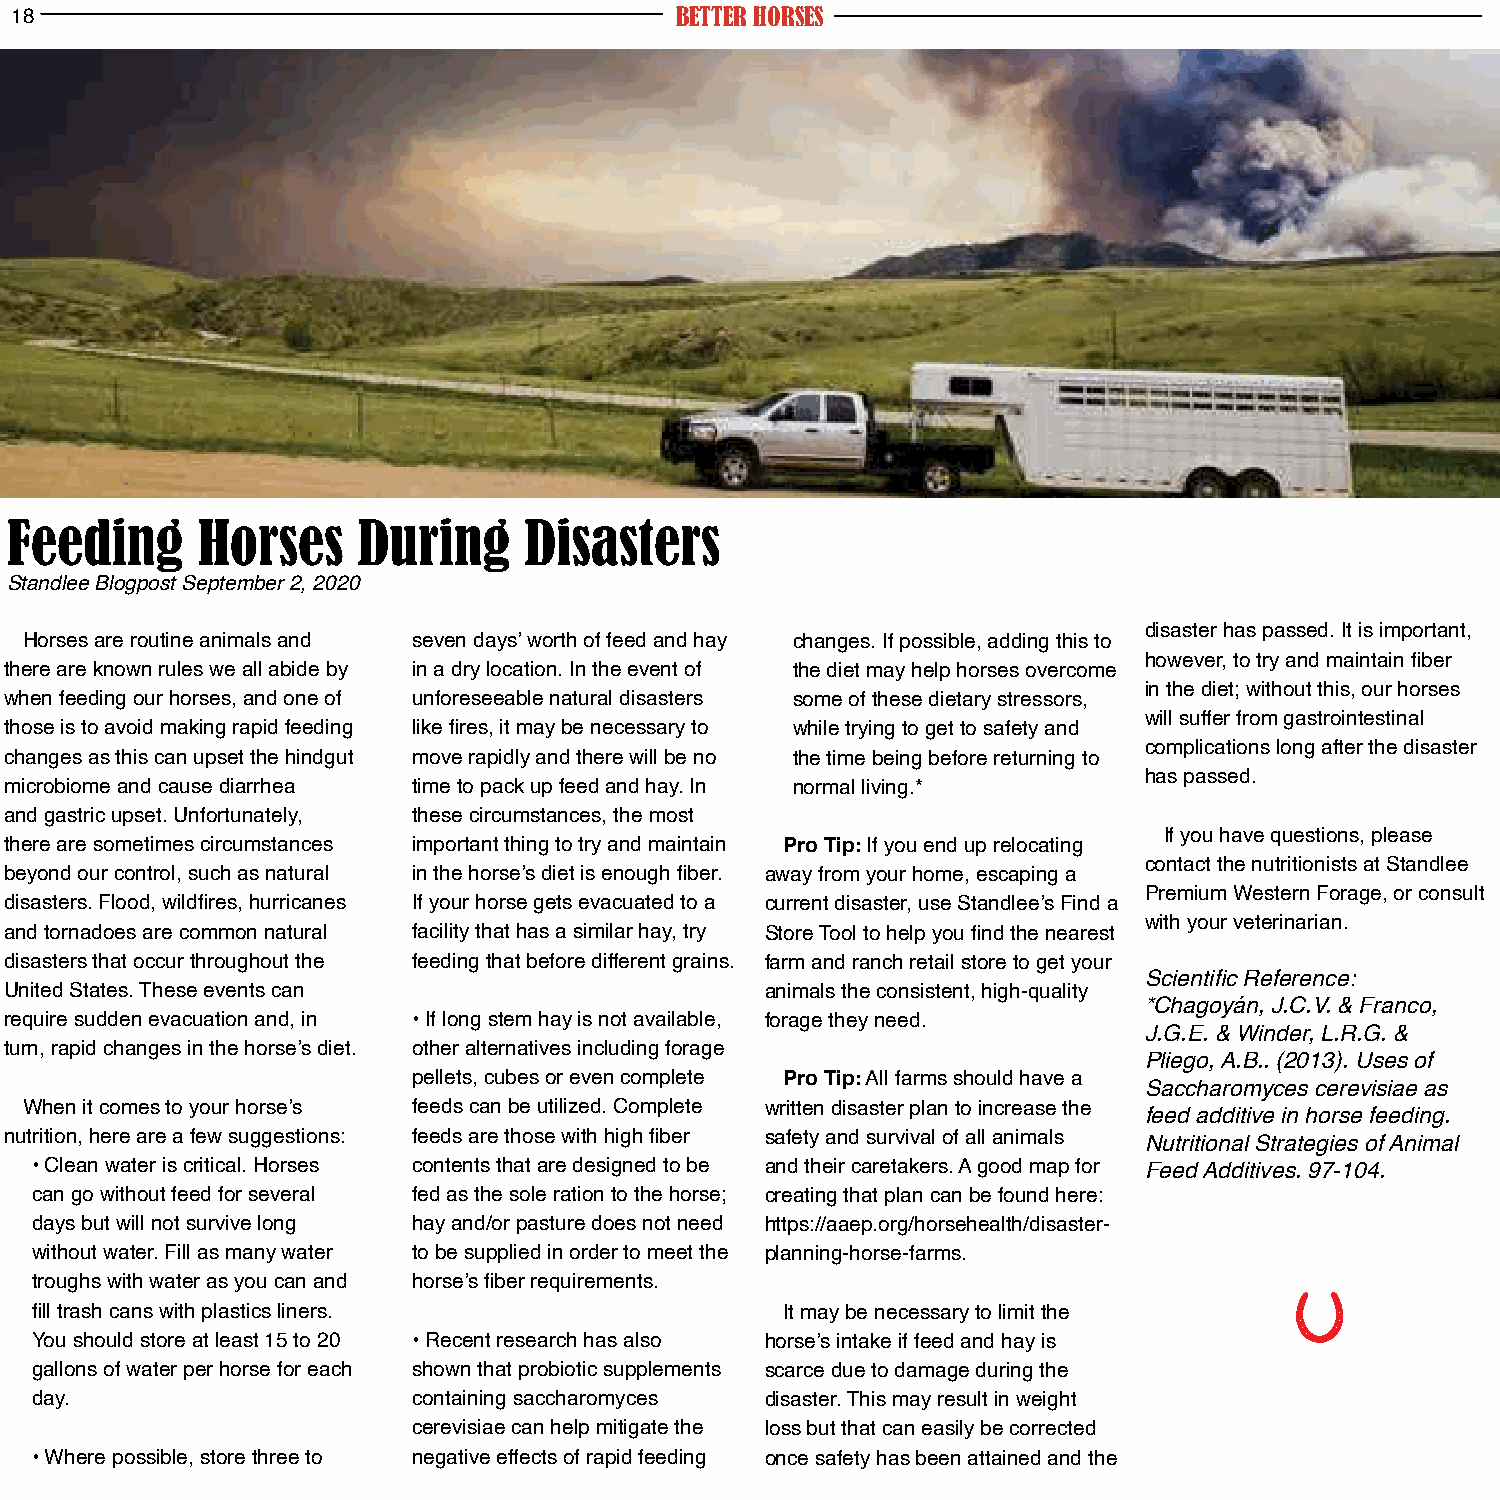
18                                          BETTER HORSES
 Feeding      Horses     During     Disasters
 Standlee Blogpost September 2, 2020
 disaster has passed. It is important,
 Horses are routine animals and seven days’ worth of feed and hay changes. If possible, adding this to
 however, to try and maintain fiber
 there are known rules we all abide by in a dry location. In the event of the diet may help horses overcome
 in the diet; without this, our horses
 when feeding our horses, and one of unforeseeable natural disasters some of these dietary stressors,
 will suffer from gastrointestinal
 those is to avoid making rapid feeding like fires, it may be necessary to while trying to get to safety and
 complications long after the disaster
 changes as this can upset the hindgut move rapidly and there will be no the time being before returning to
 has passed.
 microbiome and cause diarrhea time to pack up feed and hay. In normal living.*
 and gastric upset. Unfortunately, these circumstances, the most
 If you have questions, please
 there are sometimes circumstances important thing to try and maintain Pro Tip: If you end up relocating
 contact the nutritionists at Standlee
 beyond our control, such as natural in the horse’s diet is enough fiber. away from your home, escaping a
 Premium Western Forage, or consult
 disasters. Flood, wildfires, hurricanes If your horse gets evacuated to a current disaster, use Standlee’s Find a
 with your veterinarian.
 and tornadoes are common natural facility that has a similar hay, try Store Tool to help you find the nearest
 disasters that occur throughout the feeding that before different grains. farm and ranch retail store to get your
 Scientific Reference:
 United States. These events can                    animals the consistent, high-quality
 *Chagoyán, J.C.V. & Franco,
 require sudden evacuation and, in • If long stem hay is not available, forage they need.
 J.G.E. & Winder, L.R.G. &
 turn, rapid changes in the horse’s diet. other alternatives including forage
 Pliego, A.B.. (2013). Uses of
 pellets, cubes or even complete Pro Tip: All farms should have a
 Saccharomyces cerevisiae as
 When it comes to your horse’s feeds can be utilized. Complete written disaster plan to increase the
 feed additive in horse feeding.
 nutrition, here are a few suggestions: feeds are those with high fiber safety and survival of all animals Nutritional Strategies of Animal
 • Clean water is critical. Horses contents that are designed to be and their caretakers. A good map for Feed Additives. 97-104.
 can go without feed for several fed as the sole ration to the horse; creating that plan can be found here:
 days but will not survive long hay and/or pasture does not need https://aaep.org/horsehealth/disaster-
 without water. Fill as many water to be supplied in order to meet the planning-horse-farms.
 troughs with water as you can and horse’s fiber requirements.
 fill trash cans with plastics liners.             It may be necessary to limit the
 You should store at least 15 to 20 • Recent research has also horse’s intake if feed and hay is
 gallons of water per horse for each shown that probiotic supplements scarce due to damage during the
 day.                     containing saccharomyces disaster. This may result in weight
 cerevisiae can help mitigate the loss but that can easily be corrected
 • Where possible, store three to negative effects of rapid feeding once safety has been attained and the